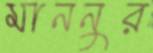
মাননুর